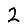
Digit: 2